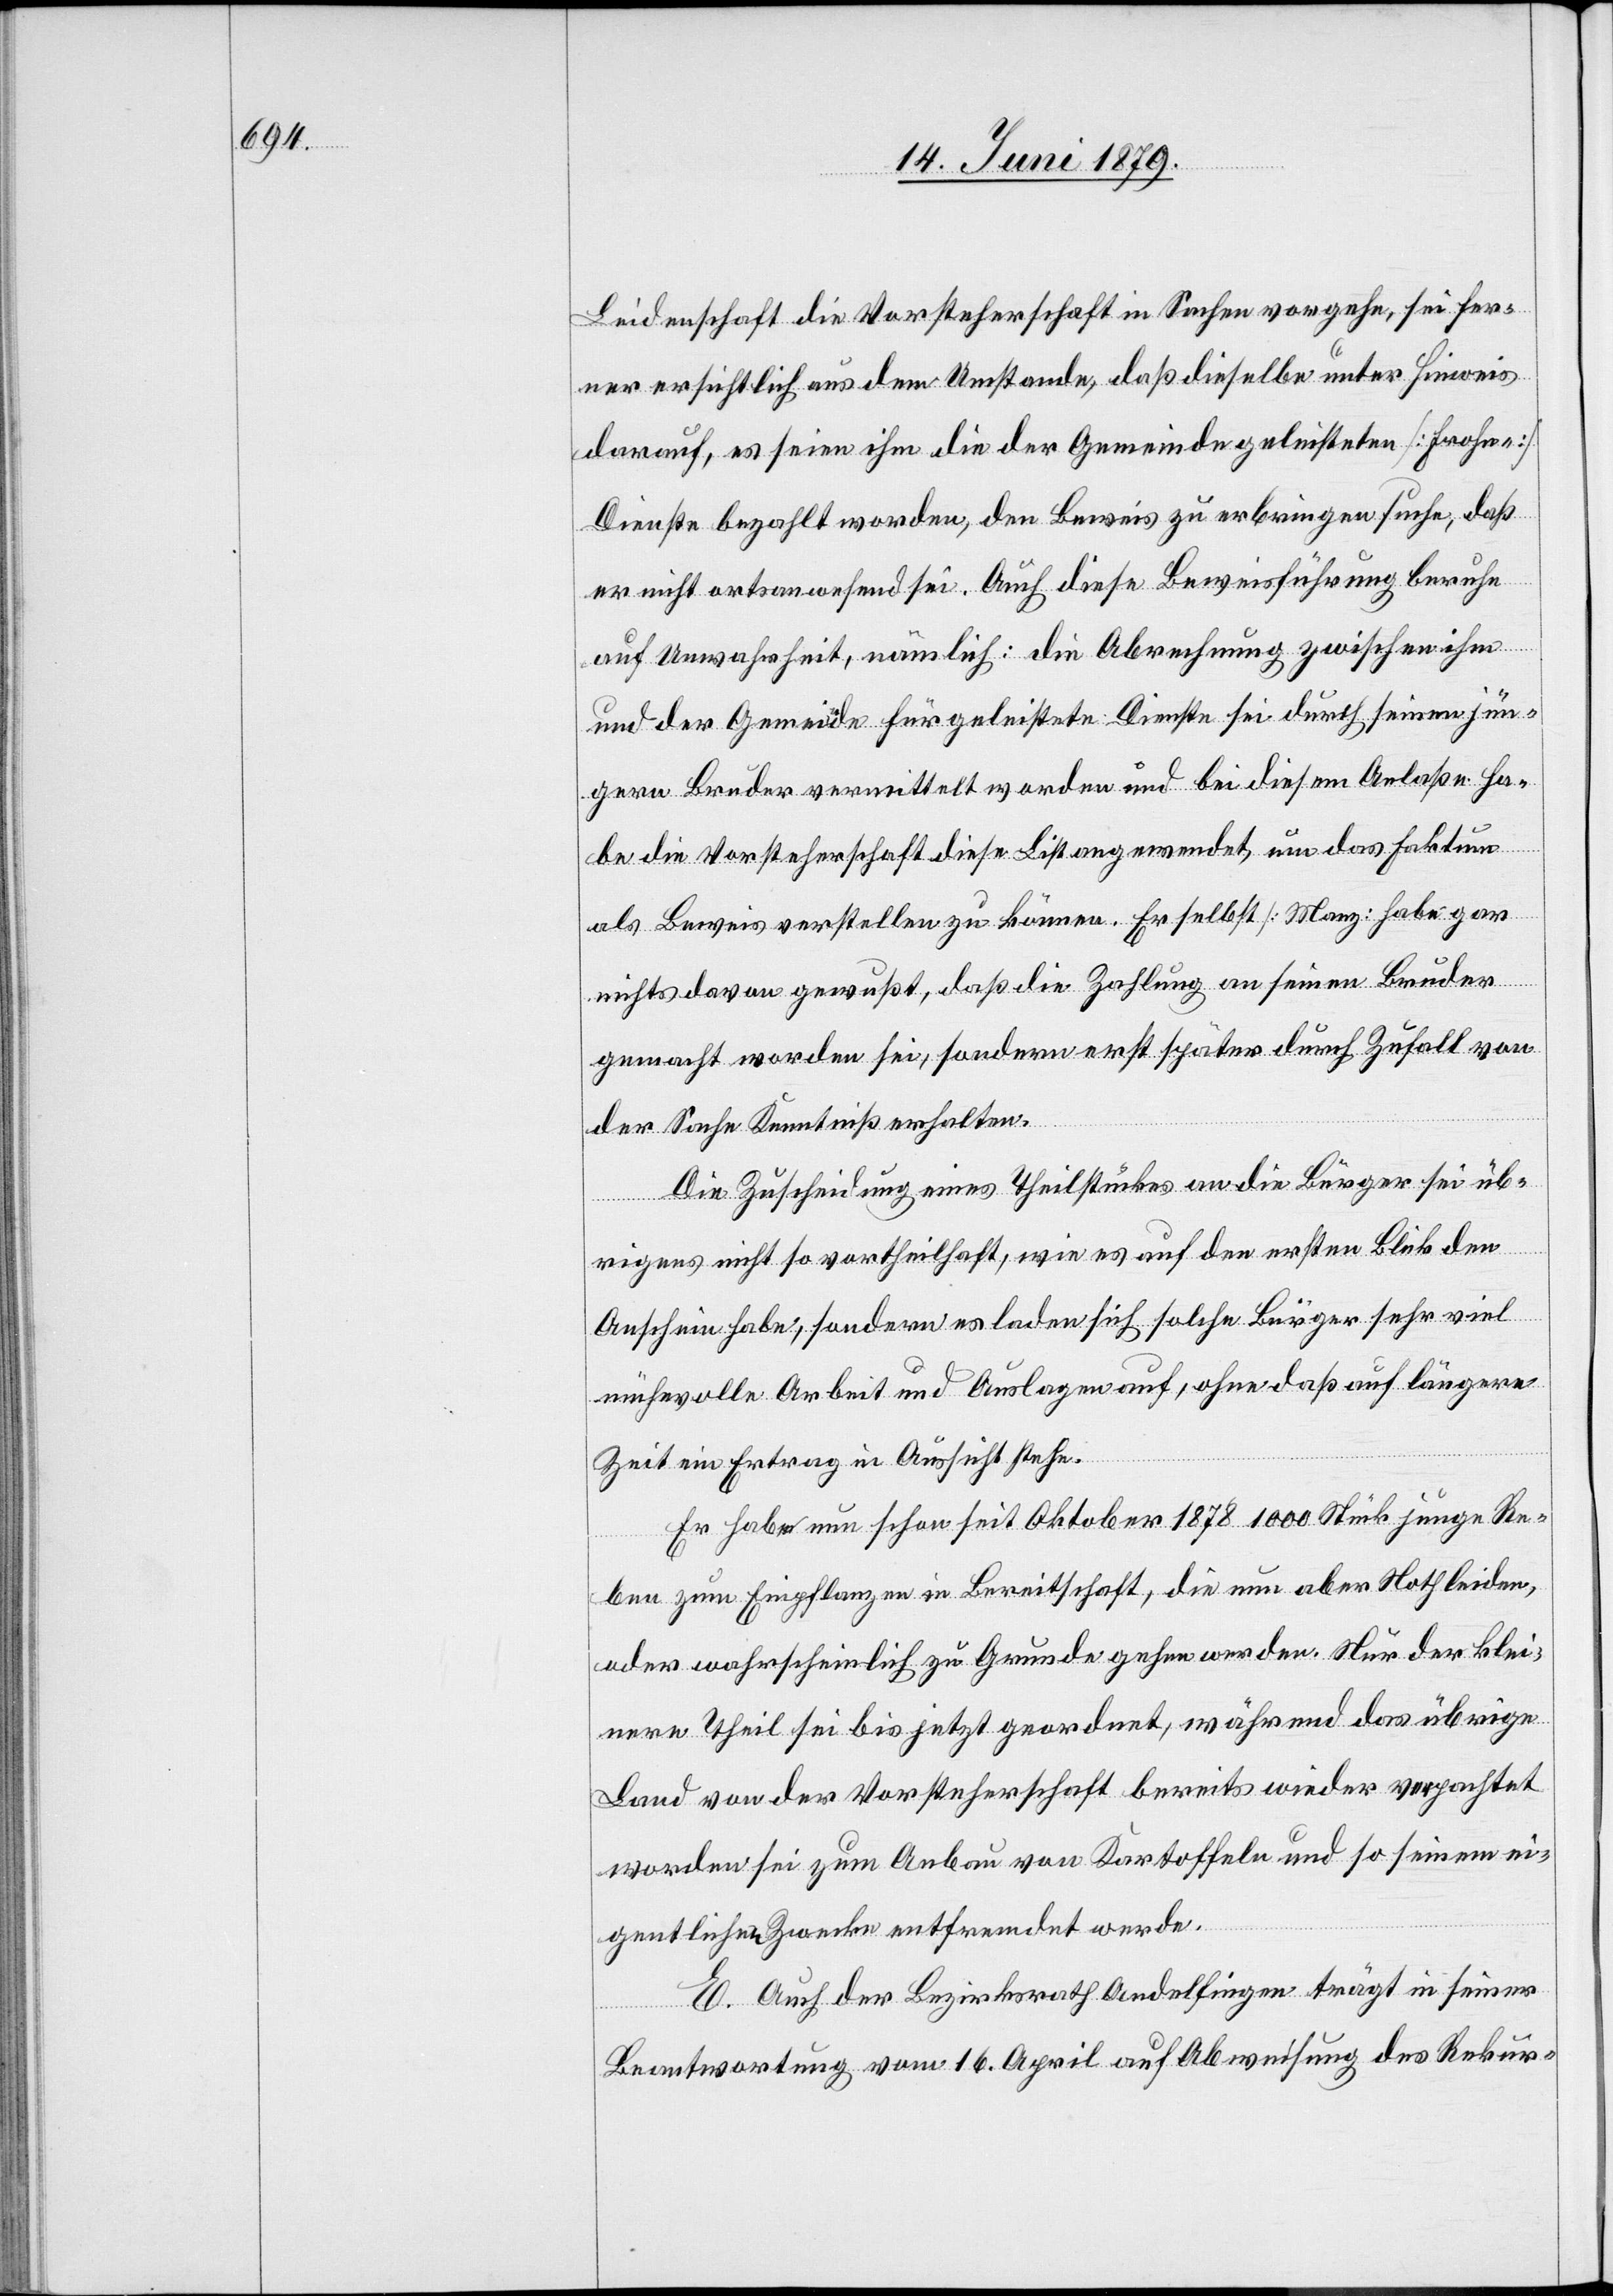
Leidenschaft die Vorsteherschaft in Sachen vorgehe, sei fer¬
ner ersichtlich aus dem Umstande, daß dieselbe unter Hinweis
darauf, es seien ihm die der Gemeinde geleisteten [Frohn-]
Dienste bezahlt worden, den Beweis zu erbringen suche, daß
er nicht ortsanwesend sei. Auch diese Beweisführung beruhe
auf Unwahrheit, nämlich: die Abrechnung zwischen ihm
und der Gemeinde für geleistete Dienste sei durch seinen jün¬
gern Bruder vermittelt worden und bei diesem Anlaße ha¬
be die Vorsteherschaft diese List angewendet, um das Faktum
als Beweis verstellen zu können. Er selbst [Manz] habe gar
nichts davon gewußt, daß die Zahlung an seinen Bruder
gemacht worden sei, sondern erst später durch Zufall von
der Sache Kenntniß erhalten.
Die Zuscheidung eines Theilstückes an die Bürger sei üb¬
rigens nicht so vortheilhaft, wie es auf den ersten Blick den
Anschein habe, sondern es laden sich solche Bürger sehr viel
mühevolle Arbeit und Auslagen auf, ohne daß auf längere
Zeit ein Ertrag in Aussicht stehe.
Er habe nun schon seit Oktober 1878 1000 Stück junge Re¬
ben zum Einpflanzen in Bereitschaft, die nun aber Noth leiden,
oder wahrscheinlich zu Grunde gehen werden. Nur der klei¬
nere Theil sei bis jetzt geordnet, während das übrige
Land von der Vorsteherschaft bereits wieder verpachtet
worden sei zum Anbau von Kartoffeln und so seinem ei¬
gentlichen Zwecke entfremdet werde.
E. Auch der Bezirksrath Andelfingen trägt in seiner
Beantwortung vom 16. April auf Abweisung des Rekur-